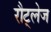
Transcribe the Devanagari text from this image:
रौट्लेज